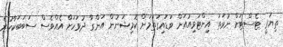
ތިޔަރީ ޓެސްޓަށް ނުވަތަ އިންޓަވިއުއަށް ވަޑައިގަތުމަށް ކޮމިޝަނުން އަންގާ ދުވަހަށް އެއްވެސް ސަބަބަކާހުރެ